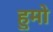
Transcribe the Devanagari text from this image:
हुमो